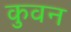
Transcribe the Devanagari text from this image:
कुवन